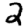
Digit: 2